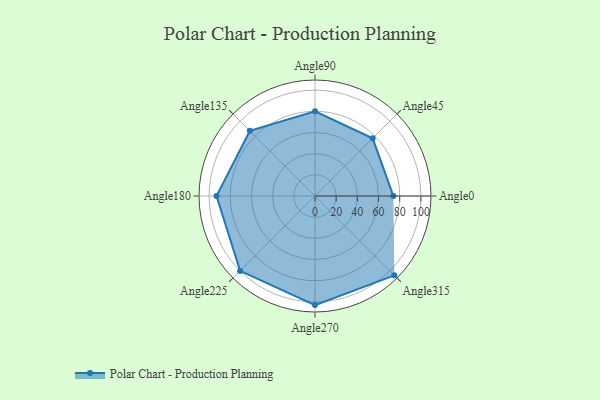
{"axis": {"x": "Angle", "y": "Radius"}, "legend": [""], "data": [{"x": "Angle0", "y": 74.0, "type": ""}, {"x": "Angle45", "y": 77.0, "type": ""}, {"x": "Angle90", "y": 80.0, "type": ""}, {"x": "Angle135", "y": 87.0, "type": ""}, {"x": "Angle180", "y": 93.0, "type": ""}, {"x": "Angle225", "y": 100.0, "type": ""}, {"x": "Angle270", "y": 103.0, "type": ""}, {"x": "Angle315", "y": 106.0, "type": ""}]}